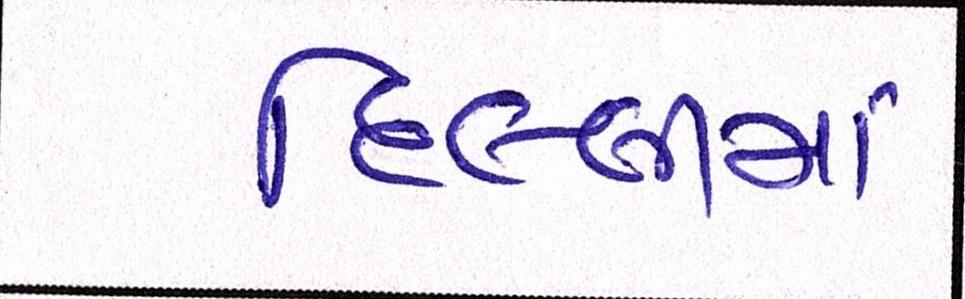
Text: દિલ્લીમાં